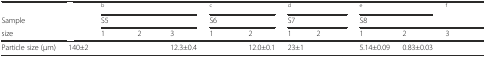
<table><thead><tr><td>[EMPTY_CELL]</td><td>[EMPTY_CELL]</td><td colspan="3"><b><sup>b</sup></b></td><td colspan="2"><b><sup>c</sup></b></td><td colspan="2"><b><sup>d</sup></b></td><td colspan="2"><b><sup>e</sup></b></td><td><b><sup>f</sup></b></td></tr><tr><td><b>Sample</b></td><td>[EMPTY_CELL]</td><td colspan="3"><b>S5</b></td><td colspan="2"><b>S6</b></td><td colspan="2"><b>S7</b></td><td colspan="3"><b>S8</b></td></tr><tr><td><b>size</b></td><td>[EMPTY_CELL]</td><td><b>1</b></td><td><b>2</b></td><td><b>3</b></td><td><b>1</b></td><td><b>2</b></td><td><b>1</b></td><td><b>2</b></td><td><b>1</b></td><td><b>2</b></td><td><b>3</b></td></tr></thead><tbody><tr><td>Particle size (μm)</td><td>140±2</td><td>[EMPTY_CELL]</td><td>[EMPTY_CELL]</td><td>12.3±0.4</td><td>[EMPTY_CELL]</td><td>12.0±0.1</td><td>23±1</td><td>[EMPTY_CELL]</td><td>5.14±0.09</td><td>0.83±0.03</td><td>[EMPTY_CELL]</td></tr></tbody></table>